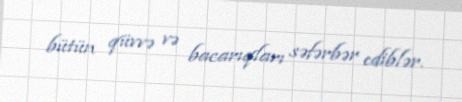
bütün qüvvə və bacarıqları səfərbər ediblər.